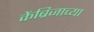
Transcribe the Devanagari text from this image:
केंब्रिजाच्या